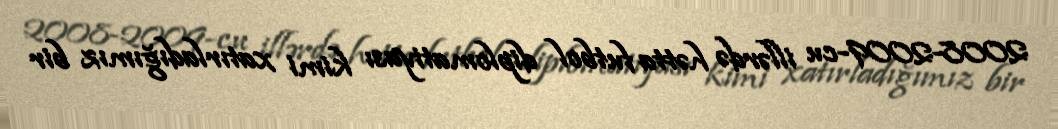
2008-2009-cu illərdə hətta futbol diplomatiyası kimi xatırladığımız bir